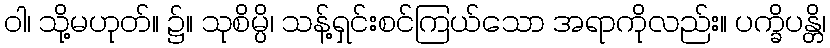
ဝါ၊ သို့မဟုတ်။ ၌။ သုစိမ္ပိ၊ သန့်ရှင်းစင်ကြယ်သော အရာကိုလည်း။ ပက္ခိပန္တိ၊